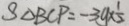
S \Delta B C P = - 3 y \times \frac { 1 } { 2 }